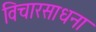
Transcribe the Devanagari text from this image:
विचारसाधना